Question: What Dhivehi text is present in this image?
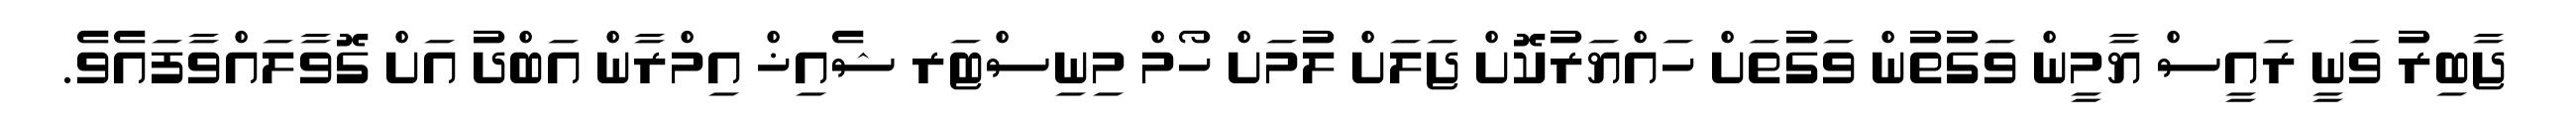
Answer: ޖާބިރު ވަނީ ރައީސް ޔާމީން ވަގުތުން ވަގުތަށް ހައްޔަރުކޮށް ޖަލަށް ލުމަށް ހޯމް މިނިސްޓަރ ޝެއިޚް އިމްރާން އަބްދު އަށް ގޮވާލައްވާފައެވެ.